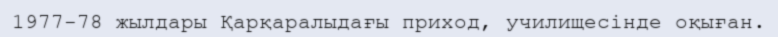
1977-78 жылдары Қарқаралыдағы приход, училищесінде оқыған.